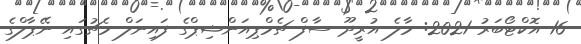
16 އޮކްޓޯބަރު 2021: މާލެ އުރީދޫ ސާފް ޗެމްޕިއަންޝިޕްގެ ފައިނަލް މެޗުގައި ނޭޕާލްގެ